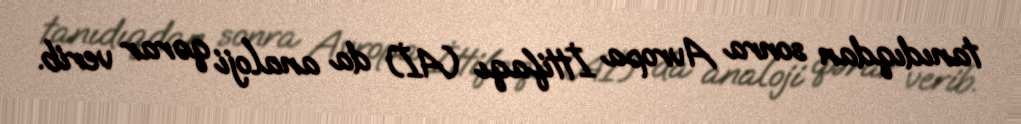
tanıdıqdan sonra Avropa İttifaqı (Aİ) da analoji qərar verib.